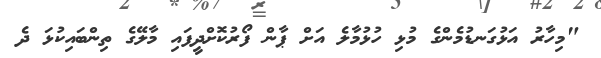
"މިހާރު އަޅުގަނޑުމެންގެ މުޅި ހުޅުމާލެ އަށް ޕާން ފޯރުކޮށްދީފައި މާލޭގެ ތިންބައިކުޅަ ދެ